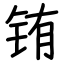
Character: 铕